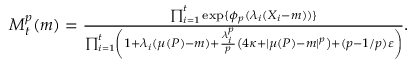
\begin{array} { r } { M _ { t } ^ { p } ( m ) = \frac { \prod _ { i = 1 } ^ { t } \exp \{ \phi _ { p } ( \lambda _ { i } ( X _ { i } - m ) ) \} } { \prod _ { i = 1 } ^ { t } \left( 1 + \lambda _ { i } ( \mu ( P ) - m ) + \frac { \lambda _ { i } ^ { p } } { p } \left( 4 \kappa + | \mu ( P ) - m | ^ { p } \right) + ( p - 1 / p ) \varepsilon \right) } . } \end{array}